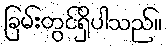
ခြမ်းတွင်ရှိပါသည်။